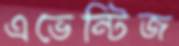
এভেন্টিজ